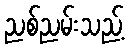
ညစ်ညမ်းသည့်